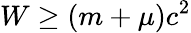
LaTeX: W\geq(m+\mu)c^{2}